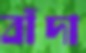
বাঁদা